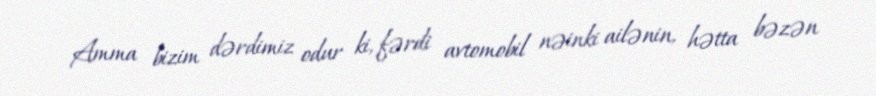
Amma bizim dərdimiz odur ki, fərdi avtomobil nəinki ailənin, hətta bəzən